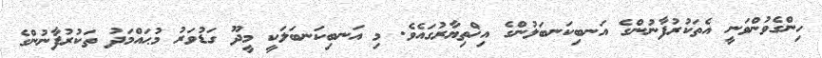
ހިންގެވުންވަނީ އެތަކުރުފާނުންގެ އަނބިކަނބަލުންގެ އިޚްތިޔާރުގައެވެ. މި އަނބިކަނބަލަކީ މީދޫ ގަޑުވަރު މުޙައްމަދު ތަކުރުފާނުންގެ